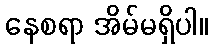
နေစရာ အိမ်မရှိပါ။